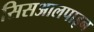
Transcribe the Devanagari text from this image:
सिसआलपाइन